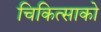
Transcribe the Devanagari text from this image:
चिकित्‍साको